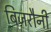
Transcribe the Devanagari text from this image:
बिजरौनी